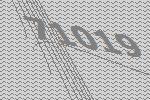
71019